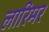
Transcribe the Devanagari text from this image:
लारिमर